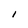
Character: I